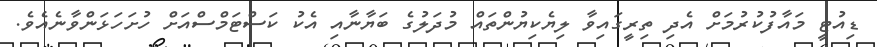
ޑިއުޓީ މައާފުކުރުމަށް އެދި ތިރީގައިވާ ލިޔެކިޔުންތައް މުދަލުގެ ބަޔާނާއި އެކު ކަސްޓަމްސްއަށް ހުށަހަޅަންވާނެއެވެ.